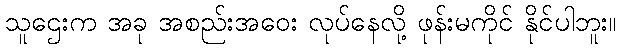
သူဌေးက အခု အစည်းအဝေး လုပ်နေလို့ ဖုန်းမကိုင် နိုင်ပါဘူး။